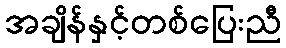
အချိန်နှင့်တစ်ပြေးညီ